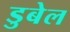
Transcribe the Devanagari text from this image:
डुबेल